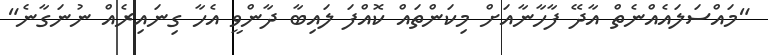
"މައްސަލައެއްނެތް އާދޭ ފާހާނާއަށް މިކަންތައް ކޮއްފަ ލައިބާ ދާންވީ އެހާ ގިނައިރެއް ނުނަގާނެ"